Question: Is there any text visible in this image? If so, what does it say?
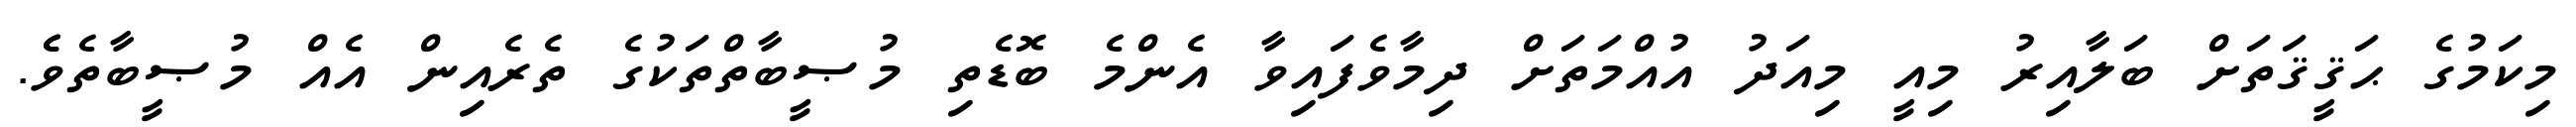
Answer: މިކަމުގެ ޙަޤީޤަތަށް ބަލާއިރު މިއީ މިއަދު އުއްމަތަށް ދިމާވެފައިވާ އެންމެ ބޮޑެތި މުޞީބާތްތަކުގެ ތެރެއިން އެއް މުޞީބާތެވެެ.